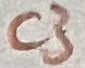
Text: C3